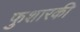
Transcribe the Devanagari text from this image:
फुशारकी